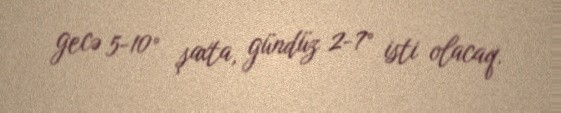
gecə 5-10° şaxta, gündüz 2-7° isti olacaq.